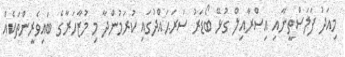
މިއަދު ފަލަސްތީނާއި އިސްރާއިލް ގުޅޭ ބޯޑަރު ސަރަޙައްދުގައި ކުރަމުންދާ މި މުޒާހަރާގެ ބައިވެރީންތަކެއް